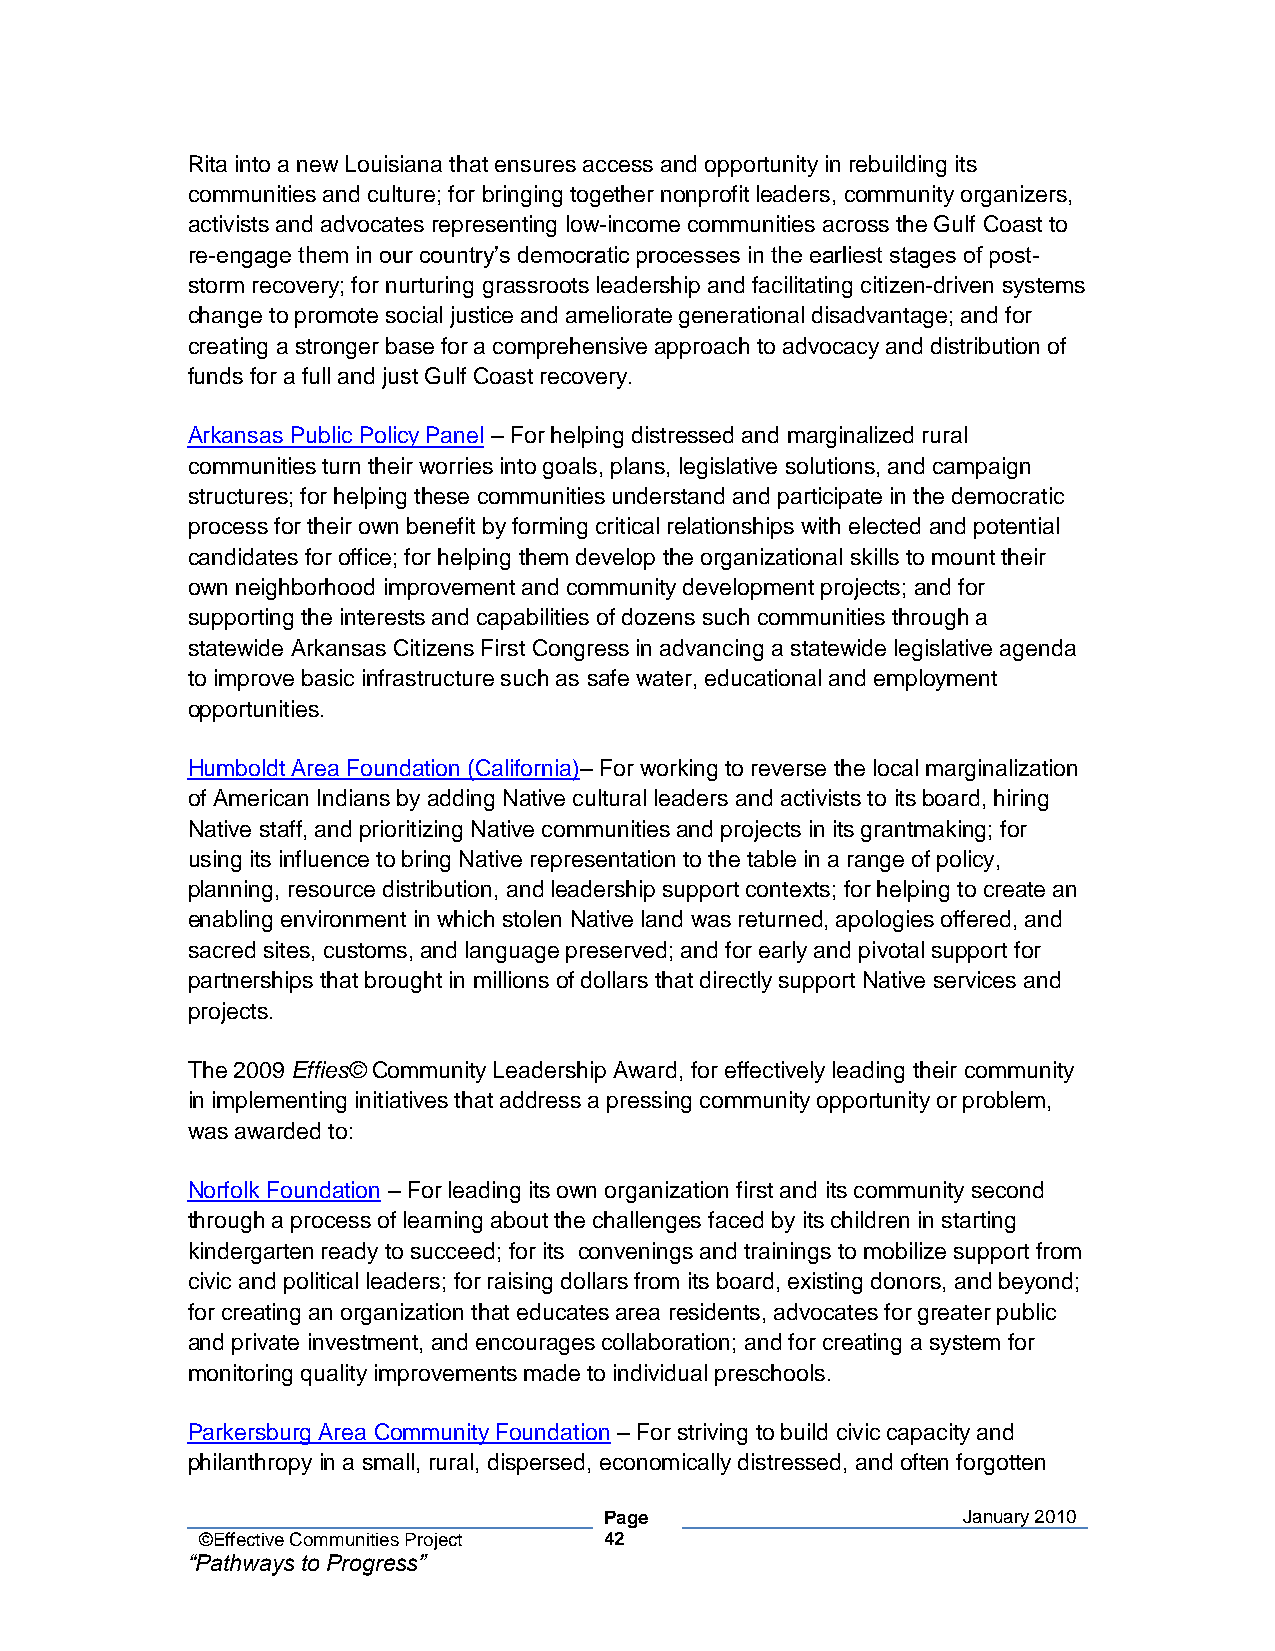
Rita into a new Louisiana that ensures access and opportunity in rebuilding its
 communities and culture; for bringing together nonprofit leaders, community organizers,
 activists and advocates representing low-income communities across the Gulf Coast to
 re-engage them in our country’s democratic processes in the earliest stages of post-
 storm recovery; for nurturing grassroots leadership and facilitating citizen-driven systems
 change to promote social justice and ameliorate generational disadvantage; and for
 creating a stronger base for a comprehensive approach to advocacy and distribution of
 funds for a full and just Gulf Coast recovery.
 Arkansas Public Policy Panel – For helping distressed and marginalized rural
 communities turn their worries into goals, plans, legislative solutions, and campaign
 structures; for helping these communities understand and participate in the democratic
 process for their own benefit by forming critical relationships with elected and potential
 candidates for office; for helping them develop the organizational skills to mount their
 own neighborhood improvement and community development projects; and for
 supporting the interests and capabilities of dozens such communities through a
 statewide Arkansas Citizens First Congress in advancing a statewide legislative agenda
 to improve basic infrastructure such as safe water, educational and employment
 opportunities.
 Humboldt Area Foundation (California)– For working to reverse the local marginalization
 of American Indians by adding Native cultural leaders and activists to its board, hiring
 Native staff, and prioritizing Native communities and projects in its grantmaking; for
 using its influence to bring Native representation to the table in a range of policy,
 planning, resource distribution, and leadership support contexts; for helping to create an
 enabling environment in which stolen Native land was returned, apologies offered, and
 sacred sites, customs, and language preserved; and for early and pivotal support for
 partnerships that brought in millions of dollars that directly support Native services and
 projects.
 The 2009 Effies© Community Leadership Award, for effectively leading their community
 in implementing initiatives that address a pressing community opportunity or problem,
 was awarded to:
 Norfolk Foundation – For leading its own organization first and its community second
 through a process of learning about the challenges faced by its children in starting
 kindergarten ready to succeed; for its convenings and trainings to mobilize support from
 civic and political leaders; for raising dollars from its board, existing donors, and beyond;
 for creating an organization that educates area residents, advocates for greater public
 and private investment, and encourages collaboration; and for creating a system for
 monitoring quality improvements made to individual preschools.
 Parkersburg Area Community Foundation – For striving to build civic capacity and
 philanthropy in a small, rural, dispersed, economically distressed, and often forgotten
 Page                    January 2010
 ©Effective Communities Project 42
 “Pathways to Progress”